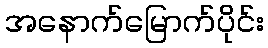
အနောက်မြောက်ပိုင်း